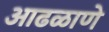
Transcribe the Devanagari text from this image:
आढळाणे